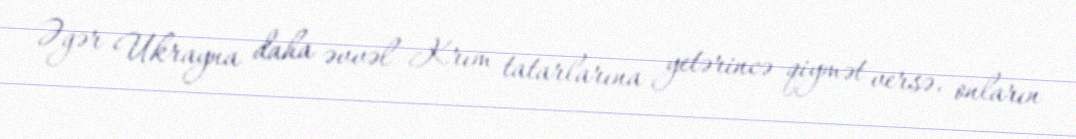
Əgər Ukrayna daha əvvəl Krım tatarlarına yetərincə qiymət versə, onların